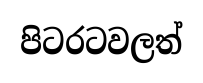
පිටරටවලත්